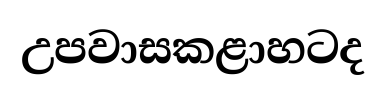
උපවාසකළාහටද